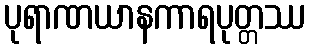
ပုရာဏယာနကာရပုတ္တဿ